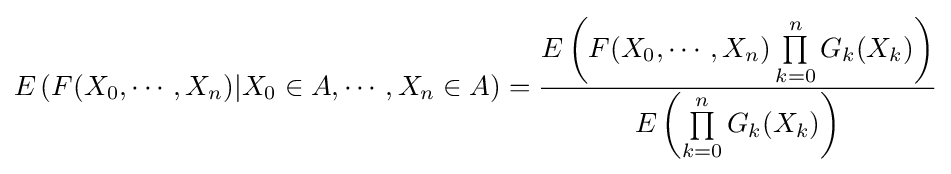
E\left(F(X_{0},\cdots ,X_{n})|X_{0}\in A,\cdots ,X_{n}\in A\right)={\frac {E\left(F(X_{0},\cdots ,X_{n})\prod \limits _{k=0}^{n}G_{k}(X_{k})\right)}{E\left(\prod \limits _{k=0}^{n}G_{k}(X_{k})\right)}}